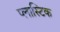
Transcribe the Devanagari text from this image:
प्‍लास्‍टिक